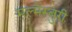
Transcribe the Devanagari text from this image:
मल्मेस्बुरी